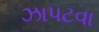
ઝાપટવા